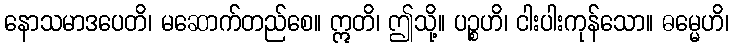
နောသမာဒပေတိ၊ မဆောက်တည်စေ။ ဣတိ၊ ဤသို့။ ပဉ္စဟိ၊ ငါးပါးကုန်သော။ ဓမ္မေဟိ၊